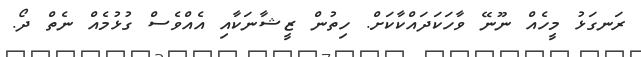
ރަނގަޅު މީހެއް ނޫނޭ ވާހަކަދައްކާކަށް. ހިތުން ޒީޝާނަކާއި އެއްވެސް ގުޅުމެއް ނެތް ދޯ.